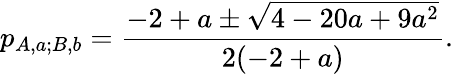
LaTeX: p_{{A,a};{B,b}}=\frac{-2+a\pm\sqrt{4-20a+9a^{2}}}{2(-2+a)}.